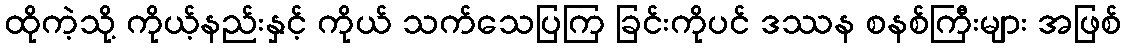
ထိုကဲ့သို့ ကိုယ့်နည်းနှင့် ကိုယ် သက်သေပြကြ ခြင်းကိုပင် ဒဿန စနစ်ကြီးများ အဖြစ်